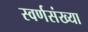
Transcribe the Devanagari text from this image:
स्वर्णसंख्या